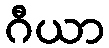
ဂီယာ